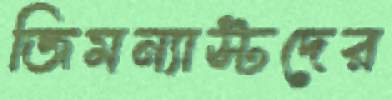
জিমন্যাস্টদের